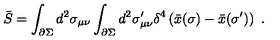
\bar { S } = \int _ { \partial \Sigma } d ^ { 2 } \sigma _ { \mu \nu } \int _ { \partial \Sigma } d ^ { 2 } \sigma _ { \mu \nu } ^ { \prime } \delta ^ { 4 } \left( \bar { x } ( \sigma ) - \bar { x } ( \sigma ^ { \prime } ) \right) \ .